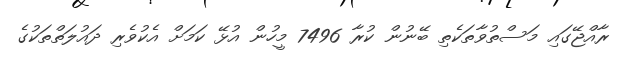
ރާއްޖޭގައި މަސްތުވާތަކެތި ބޭނުން ކުރާ 7496 މީހުން އުޅޭ ކަމަށް އެކުވެރި ދައުލަތްތަކުގެ